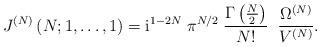
LaTeX: \begin{align*}J^{(N)}\left(N; 1, \ldots , 1 \right)= \mbox{i}^{1-2N} \; \pi^{N/2} \;\frac{\Gamma\left( {\textstyle{N\over2}} \right)} {N!} \;\;\frac{\Omega^{(N)}}{V^{(N)}} .\end{align*}